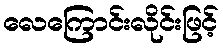
လေကြောင်းလိုင်းဖြင့်